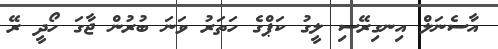
އާސެނަލް އިނގިރޭސި ލީގު ކަޕްގެ ހަތަރު ވަަަނަ ބުރުން ޖާގަ ހޯދީ ރޭ